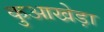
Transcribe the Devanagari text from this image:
कुआखेड़ा